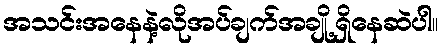
အသင်းအနေနဲ့လိုအပ်ချက်အချို့ရှိနေဆဲပါ။